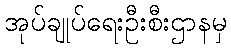
အုပ်ချုပ်ရေးဦးစီးဌာနမှ